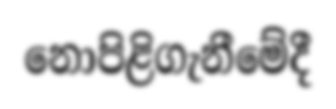
නොපිළිගැනීමේදී